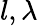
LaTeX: l,\lambda